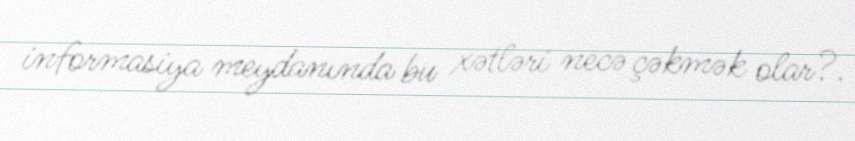
informasiya meydanında bu xətləri necə çəkmək olar?.